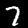
Label: 7